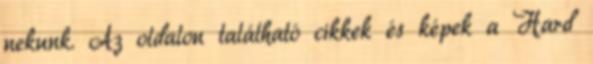
nekunk. Az oldalon található cikkek és képek a Hard